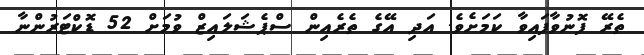
ތެރޭ ފޮނުވާފައިވާ ކަމަށެވެ. އަދި އޭގެ ތެރެއިން ސްޕެޝަލައިޒް ވުމަށް 52 ޑޮކްޓަރުންނާ